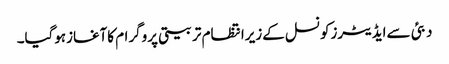
دبئی سےایڈیٹرزکونسل کےزیرانتظام تربیتی پروگرام کاآغازہوگیا۔